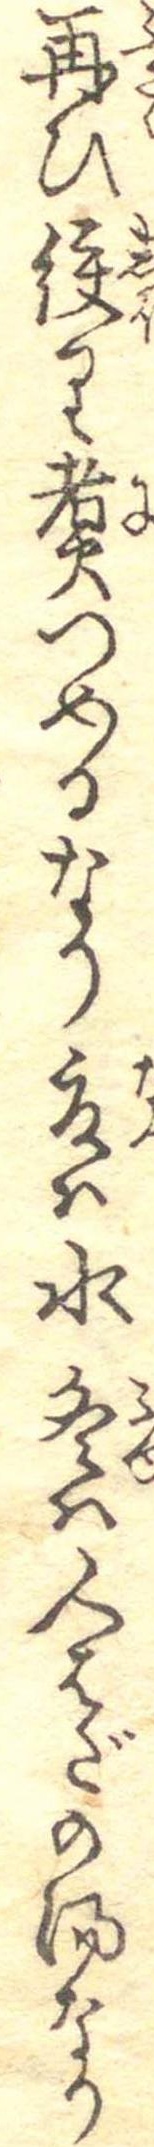
再ひ絞り煮つめるなり夏は水冬は人はだの湯なり